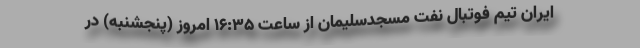
ایران تیم فوتبال نفت مسجدسلیمان از ساعت ١۶:٣۵ امروز (پنجشنبه) در